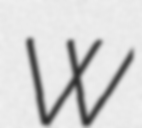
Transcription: W